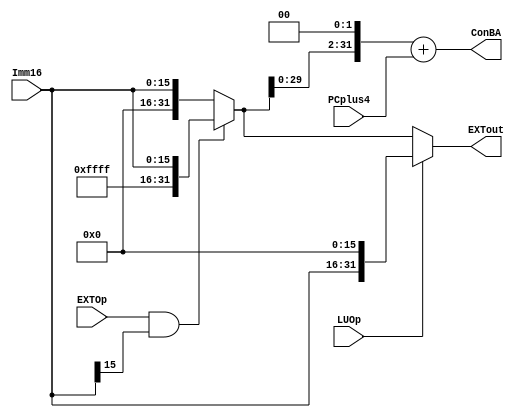
`timescale 1ns/1ps

module EXT(EXTout,ConBA,Imm16,PCplus4,EXTOp,LUOp);
	output	[31:0]EXTout;
	output	[31:0]ConBA;
	input	[15:0]Imm16;
	input	[31:0]PCplus4;
	input	EXTOp;
	input	LUOp;

	wire	[31:0]upper;
	assign	upper[31:0] = {Imm16[15:0],16'b0};

	wire	[31:0]expend;
	assign	expend = ((EXTOp == 1) && (Imm16[15] == 1)) ? {16'hffff,Imm16[15:0]}:
					{16'b0,Imm16[15:0]};

	assign	EXTout = (LUOp == 0) ? expend : upper;
	assign	ConBA = {expend[29:0],2'b00} + PCplus4;

endmodule